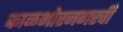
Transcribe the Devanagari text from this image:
काळभोरनगरची